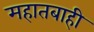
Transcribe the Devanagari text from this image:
महातबाही